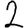
Digit: 2